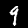
Digit: 9